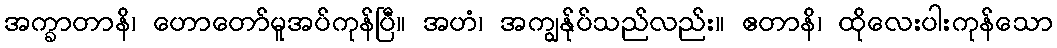
အက္ခာတာနိ၊ ဟောတော်မူအပ်ကုန်ပြီ။ အဟံ၊ အကျွန်ုပ်သည်လည်း။ ဧတာနိ၊ ထိုလေးပါးကုန်သော